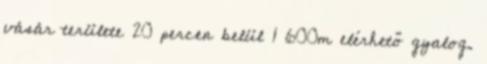
vásár területe 20 percen belül 1 600m elérhető gyalog.